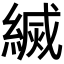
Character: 𦄅